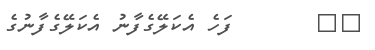
٢٦       ފަހެ އެކަލޭގެފާނު އެކަލޭގެފާނުގެ